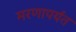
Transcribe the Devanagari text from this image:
मरणापर्यंत